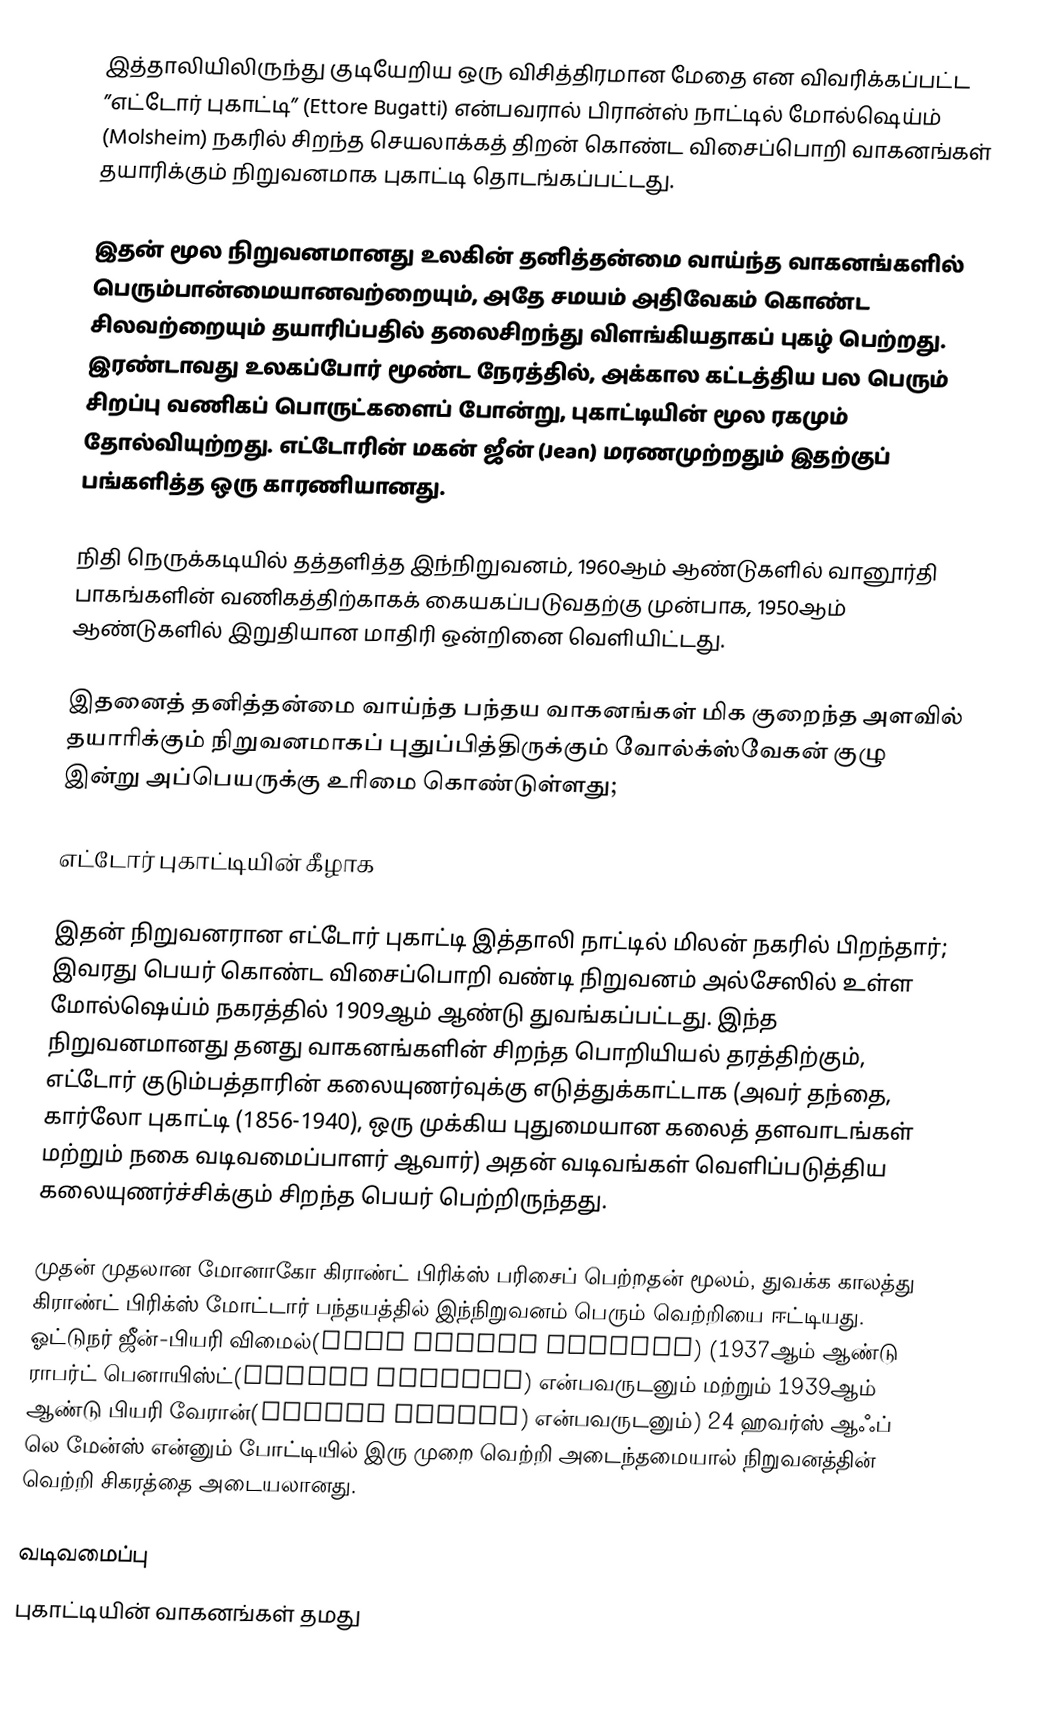
இத்தாலியிலிருந்து குடியேறிய ஒரு விசித்திரமான மேதை என விவரிக்கப்பட்ட ”எட்டோர் புகாட்டி” (Ettore Bugatti) என்பவரால் பிரான்ஸ் நாட்டில் மோல்ஷெய்ம் (Molsheim) நகரில் சிறந்த செயலாக்கத் திறன் கொண்ட விசைப்பொறி வாகனங்கள் தயாரிக்கும் நிறுவனமாக புகாட்டி தொடங்கப்பட்டது.

இதன் மூல நிறுவனமானது உலகின் தனித்தன்மை வாய்ந்த வாகனங்களில் பெரும்பான்மையானவற்றையும், அதே சமயம் அதிவேகம் கொண்ட சிலவற்றையும் தயாரிப்பதில் தலைசிறந்து விளங்கியதாகப் புகழ் பெற்றது. இரண்டாவது உலகப்போர் மூண்ட நேரத்தில், அக்கால கட்டத்திய பல பெரும் சிறப்பு வணிகப் பொருட்களைப் போன்று, புகாட்டியின் மூல ரகமும் தோல்வியுற்றது. எட்டோரின் மகன் ஜீன் (Jean) மரணமுற்றதும் இதற்குப் பங்களித்த ஒரு காரணியானது.

நிதி நெருக்கடியில் தத்தளித்த இந்நிறுவனம், 1960ஆம் ஆண்டுகளில் வானூர்தி பாகங்களின் வணிகத்திற்காகக் கையகப்படுவதற்கு முன்பாக, 1950ஆம் ஆண்டுகளில் இறுதியான மாதிரி ஒன்றினை வெளியிட்டது.

இதனைத் தனித்தன்மை வாய்ந்த பந்தய வாகனங்கள் மிக குறைந்த அளவில் தயாரிக்கும் நிறுவனமாகப் புதுப்பித்திருக்கும் வோல்க்ஸ்வேகன் குழு இன்று அப்பெயருக்கு உரிமை கொண்டுள்ளது;

எட்டோர் புகாட்டியின் கீழாக

இதன் நிறுவனரான எட்டோர் புகாட்டி இத்தாலி நாட்டில் மிலன் நகரில் பிறந்தார்; இவரது பெயர் கொண்ட விசைப்பொறி வண்டி நிறுவனம் அல்சேஸில் உள்ள மோல்ஷெய்ம் நகரத்தில் 1909ஆம் ஆண்டு துவங்கப்பட்டது. இந்த நிறுவனமானது தனது வாகனங்களின் சிறந்த பொறியியல் தரத்திற்கும், எட்டோர் குடும்பத்தாரின் கலையுணர்வுக்கு எடுத்துக்காட்டாக (அவர் தந்தை, கார்லோ புகாட்டி (1856-1940), ஒரு முக்கிய புதுமையான கலைத் தளவாடங்கள் மற்றும் நகை வடிவமைப்பாளர் ஆவார்) அதன் வடிவங்கள் வெளிப்படுத்திய கலையுணர்ச்சிக்கும் சிறந்த பெயர் பெற்றிருந்தது.

முதன் முதலான மோனாகோ கிராண்ட் பிரிக்ஸ் பரிசைப் பெற்றதன் மூலம், துவக்க காலத்து கிராண்ட் பிரிக்ஸ் மோட்டார் பந்தயத்தில்  இந்நிறுவனம் பெரும் வெற்றியை ஈட்டியது. ஓட்டுநர் ஜீன்-பியரி விமைல்(Jean Pierre Wimille) (1937ஆம் ஆண்டு ராபர்ட் பெனாயிஸ்ட்(Robert Benoist) என்பவருடனும் மற்றும் 1939ஆம் ஆண்டு பியரி வேரான்(Pierre Veyron) என்பவருடனும்) 24 ஹவர்ஸ் ஆஃப் லெ மேன்ஸ் என்னும் போட்டியில் இரு முறை வெற்றி அடைந்தமையால் நிறுவனத்தின் வெற்றி சிகரத்தை அடையலானது.

வடிவமைப்பு
புகாட்டியின் வாகனங்கள் தமது